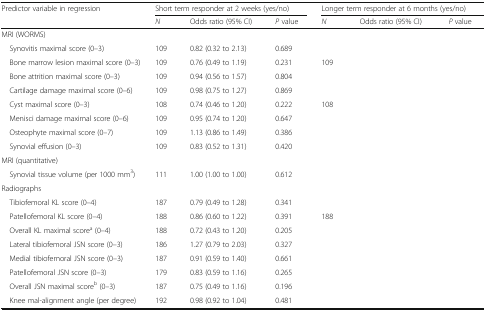
<table><thead><tr><td rowspan="2"><b>Predictor variable in regression</b></td><td colspan="3"><b>Short term responder at 2 weeks (yes/no)</b></td><td colspan="3"><b>Longer term responder at 6 months (yes/no)</b></td></tr><tr><td><b><i>N</i></b></td><td><b>Odds ratio (95% CI)</b></td><td><b><i>P</i> value</b></td><td><b><i>N</i></b></td><td><b>Odds ratio (95% CI)</b></td><td><b><i>P</i> value</b></td></tr></thead><tbody><tr><td colspan="7">MRI (WORMS)</td></tr><tr><td> Synovitis maximal score (0–3)</td><td>109</td><td>0.82 (0.32 to 2.13)</td><td>0.689</td><td>[EMPTY_CELL]</td><td>[EMPTY_CELL]</td><td>[EMPTY_CELL]</td></tr><tr><td> Bone marrow lesion maximal score (0–3)</td><td>109</td><td>0.76 (0.49 to 1.19)</td><td>0.231</td><td>109</td><td>[EMPTY_CELL]</td><td>[EMPTY_CELL]</td></tr><tr><td> Bone attrition maximal score (0–3)</td><td>109</td><td>0.94 (0.56 to 1.57)</td><td>0.804</td><td>[EMPTY_CELL]</td><td>[EMPTY_CELL]</td><td>[EMPTY_CELL]</td></tr><tr><td> Cartilage damage maximal score (0–6)</td><td>109</td><td>0.98 (0.75 to 1.27)</td><td>0.869</td><td>[EMPTY_CELL]</td><td>[EMPTY_CELL]</td><td>[EMPTY_CELL]</td></tr><tr><td> Cyst maximal score (0–3)</td><td>108</td><td>0.74 (0.46 to 1.20)</td><td>0.222</td><td>108</td><td>[EMPTY_CELL]</td><td>[EMPTY_CELL]</td></tr><tr><td> Menisci damage maximal score (0–6)</td><td>109</td><td>0.95 (0.74 to 1.20)</td><td>0.647</td><td>[EMPTY_CELL]</td><td>[EMPTY_CELL]</td><td>[EMPTY_CELL]</td></tr><tr><td> Osteophyte maximal score (0–7)</td><td>109</td><td>1.13 (0.86 to 1.49)</td><td>0.386</td><td>[EMPTY_CELL]</td><td>[EMPTY_CELL]</td><td>[EMPTY_CELL]</td></tr><tr><td> Synovial effusion (0–3)</td><td>109</td><td>0.83 (0.52 to 1.31)</td><td>0.420</td><td>[EMPTY_CELL]</td><td>[EMPTY_CELL]</td><td>[EMPTY_CELL]</td></tr><tr><td colspan="7">MRI (quantitative)</td></tr><tr><td> Synovial tissue volume (per 1000 mm<sup>3</sup>)</td><td>111</td><td>1.00 (1.00 to 1.00)</td><td>0.612</td><td>[EMPTY_CELL]</td><td>[EMPTY_CELL]</td><td>[EMPTY_CELL]</td></tr><tr><td colspan="7">Radiographs</td></tr><tr><td> Tibiofemoral KL score (0–4)</td><td>187</td><td>0.79 (0.49 to 1.28)</td><td>0.341</td><td>[EMPTY_CELL]</td><td>[EMPTY_CELL]</td><td>[EMPTY_CELL]</td></tr><tr><td> Patellofemoral KL score (0–4)</td><td>188</td><td>0.86 (0.60 to 1.22)</td><td>0.391</td><td>188</td><td>[EMPTY_CELL]</td><td>[EMPTY_CELL]</td></tr><tr><td> Overall KL maximal score<sup>a</sup> (0–4)</td><td>188</td><td>0.72 (0.43 to 1.20)</td><td>0.205</td><td>[EMPTY_CELL]</td><td>[EMPTY_CELL]</td><td>[EMPTY_CELL]</td></tr><tr><td> Lateral tibiofemoral JSN score (0–3)</td><td>186</td><td>1.27 (0.79 to 2.03)</td><td>0.327</td><td>[EMPTY_CELL]</td><td>[EMPTY_CELL]</td><td>[EMPTY_CELL]</td></tr><tr><td> Medial tibiofemoral JSN score (0–3)</td><td>187</td><td>0.91 (0.59 to 1.40)</td><td>0.661</td><td>[EMPTY_CELL]</td><td>[EMPTY_CELL]</td><td>[EMPTY_CELL]</td></tr><tr><td> Patellofemoral JSN score (0–3)</td><td>179</td><td>0.83 (0.59 to 1.16)</td><td>0.265</td><td>[EMPTY_CELL]</td><td>[EMPTY_CELL]</td><td>[EMPTY_CELL]</td></tr><tr><td> Overall JSN maximal score<sup>b</sup> (0–3)</td><td>187</td><td>0.75 (0.49 to 1.16)</td><td>0.196</td><td>[EMPTY_CELL]</td><td>[EMPTY_CELL]</td><td>[EMPTY_CELL]</td></tr><tr><td> Knee mal-alignment angle (per degree)</td><td>192</td><td>0.98 (0.92 to 1.04)</td><td>0.481</td><td>[EMPTY_CELL]</td><td>[EMPTY_CELL]</td><td>[EMPTY_CELL]</td></tr></tbody></table>